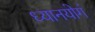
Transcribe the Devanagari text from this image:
ध्यानयोगं